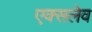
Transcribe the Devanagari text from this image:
एक्सलेव